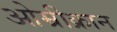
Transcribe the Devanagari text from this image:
ओम्रीक्रान